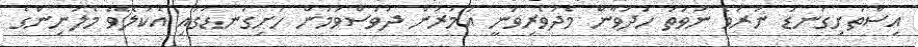
އިސްތަށިގަނޑު ނުރަވެ ނުވަތަ ހުދުވާން މެދުވެރިވަނީ އުމުރުން ދުވަސްވުމުން ހަށިގަނޑުގައި އެކުލެވޭ މެލަނިންގެ